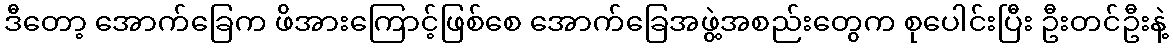
ဒီတော့ အောက်ခြေက ဖိအားကြောင့်ဖြစ်စေ အောက်ခြေအဖွဲ့အစည်းတွေက စုပေါင်းပြီး ဦးတင်ဦးနဲ့